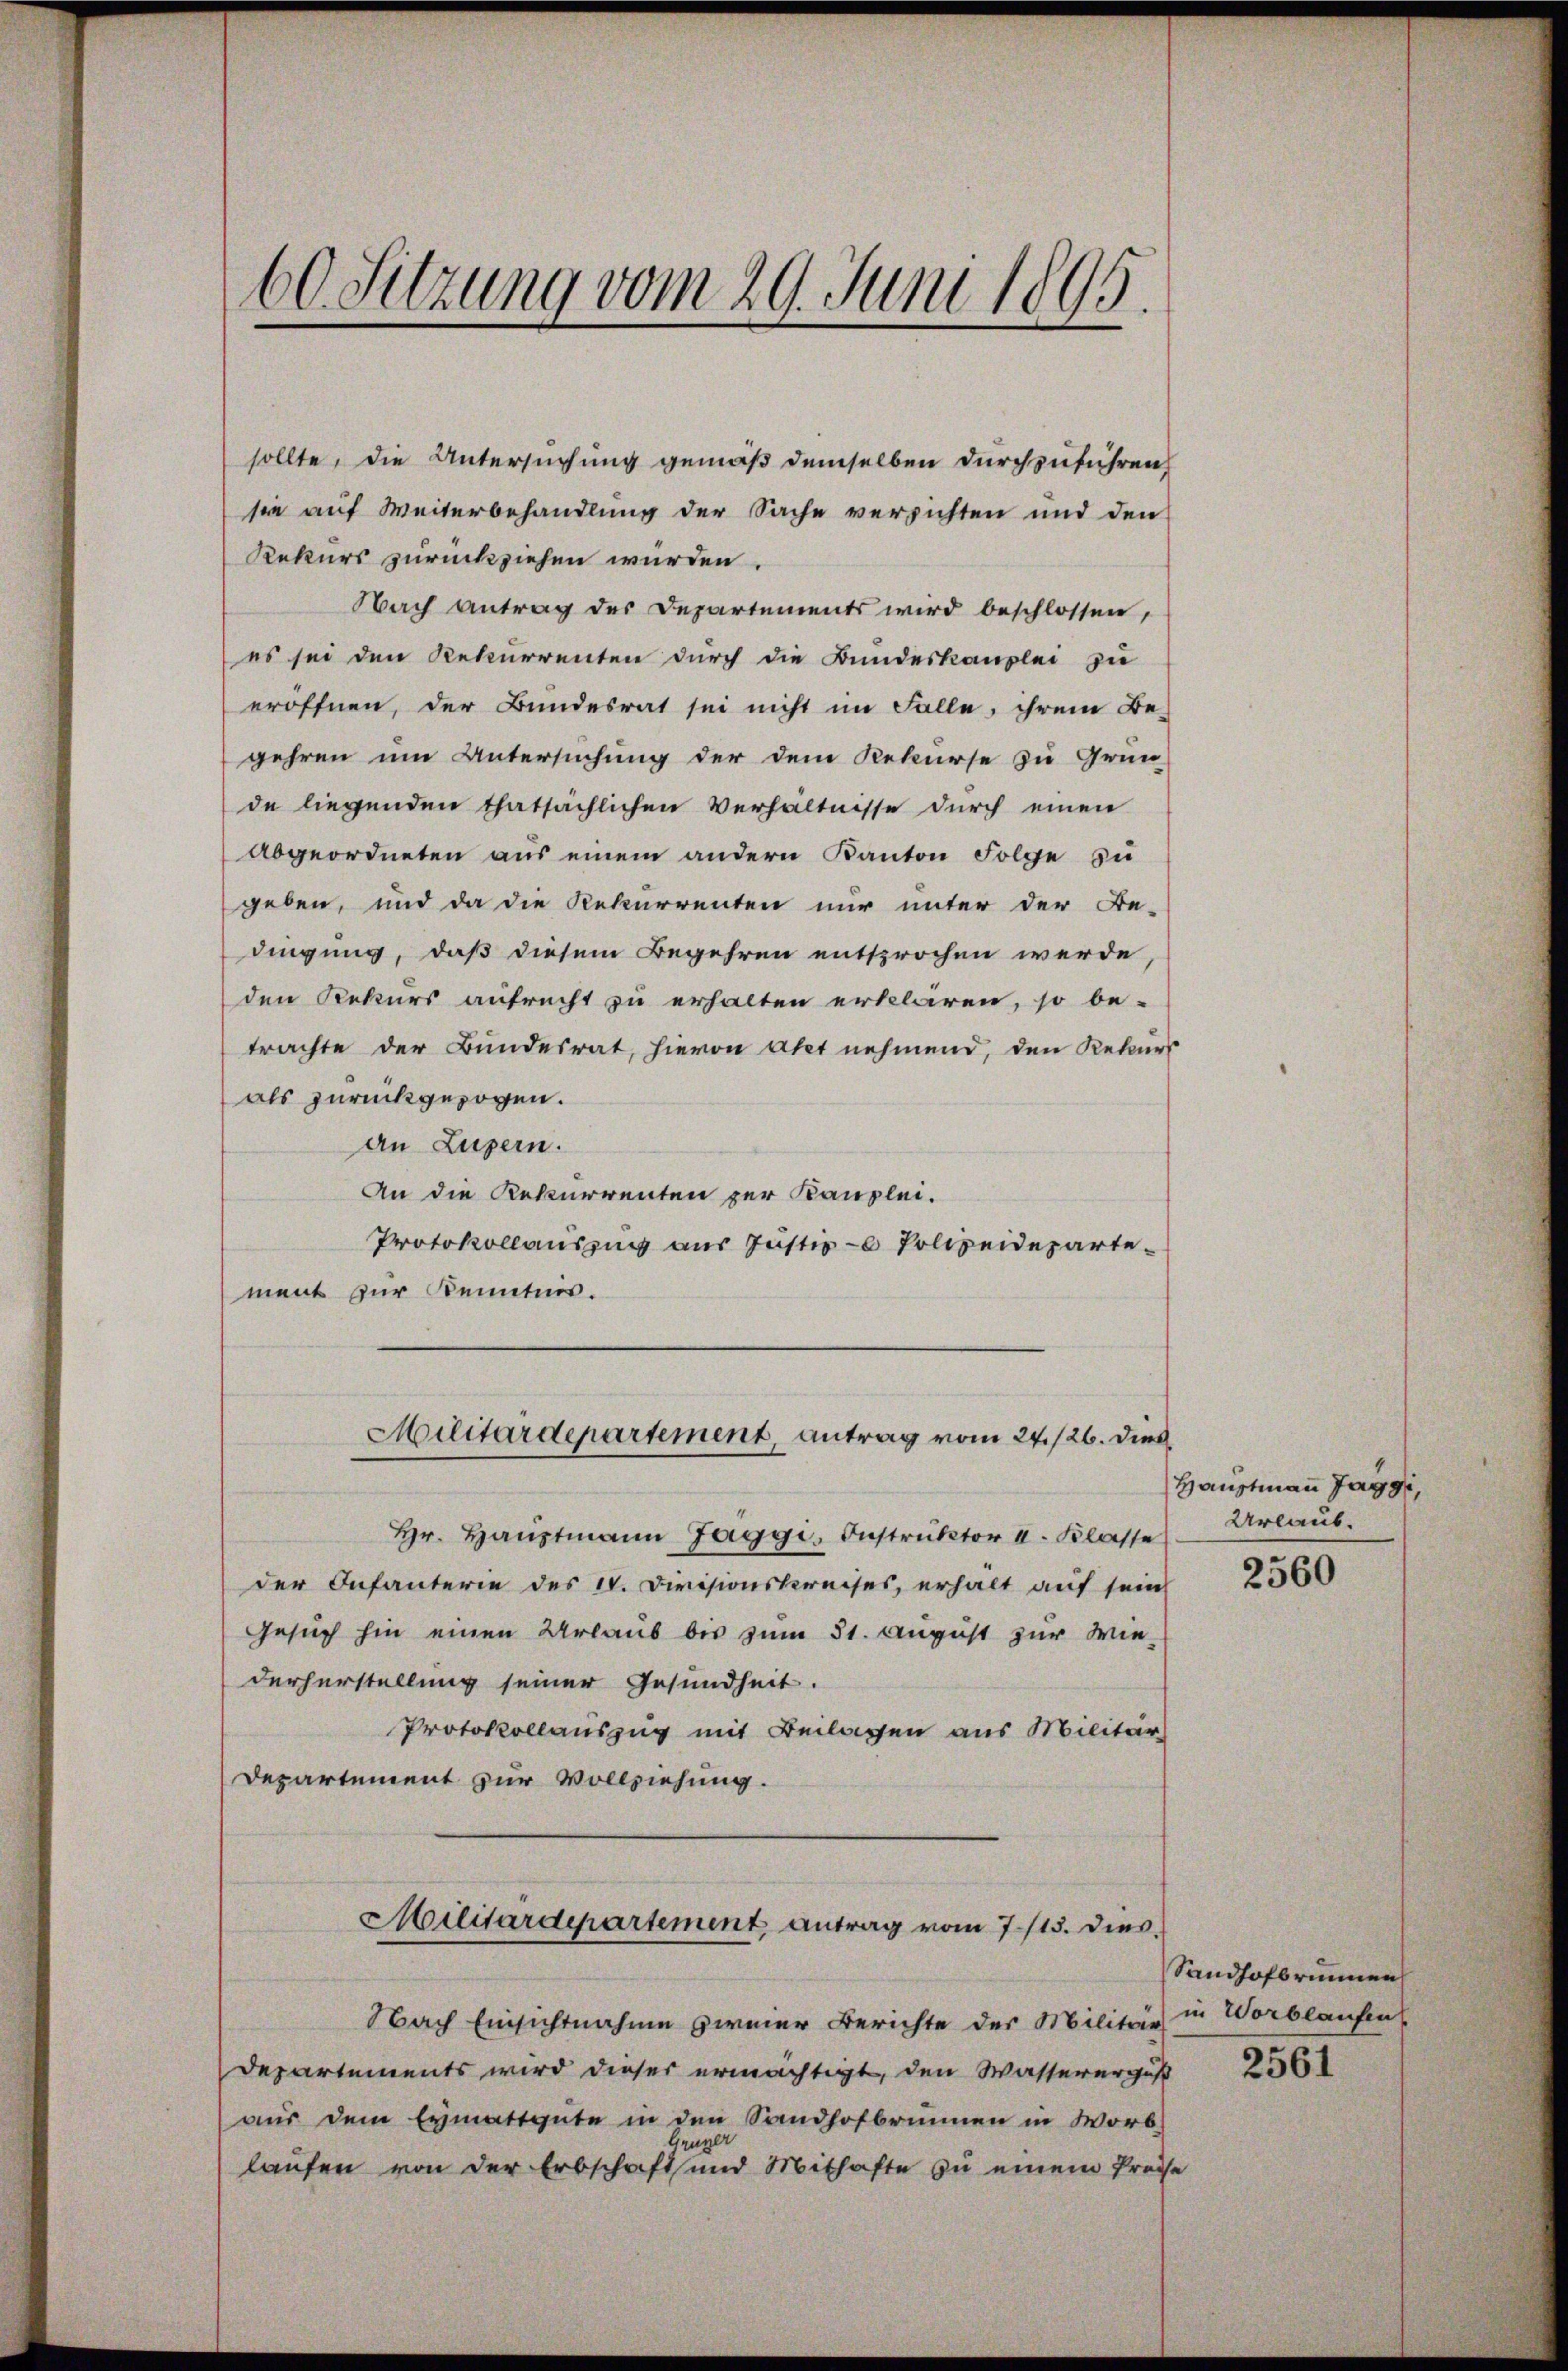
60. Sitzung vom 29. Juni 1895.

sollte, die Untersuchung gemäß demselben durchzuführen,
sie auf Weiterbehandlung der Sache versichten und den
Rekurs zurückziehen würden.
Nach Antrag des Departements wird beschlossen,
es sei den Rekurrenten durch die Bundeskanzlei zu
eröffnen, der Bundesrat sei nicht im Falle, ihrem Be-
gehren um Untersuchung der dem Rekurse zu Grün-
de liegenden thatsächlichen Verhältnisse durch einen
Abgeordneten aus einem andern Kanton Folge zu
geben, und da die Rekurrenten nur unter der Be-
dingung, daß diesem Begehren entsprochen werde,
den Rekurs aufrecht zu erhalten erklären, so be-
trachte der Bundesrat, hievon atet nehmend, den Rekurs
als zurückgezogen.
an Luzern.
An die Rekurrenten zur Kanzlei.
Protokollauszug aus Justiz - Polizeidepartement zur Kenntnis.
Militärdepartement, antrag vom 24./26. dies
Hr. Haŭptmann Jaggi, Instruktor I. Klasse
der Infanterie des IV. Divisionskreises, erhalt auf sein
Gesuch hin einen Urlaub bis zum 31. August zur Wiederherstellung seiner Gesundheit.
Protokollauszug mit Beilassen aus Militär
Departement zur Vollziehung.
Militärdepartement antrag vom 7./13. dies.
Nach Einsichtnahme zweier Berichte des Militär in Worblaufen
Departements wird dieser ermächtigt, den Wassererguß
aus dem Eymattgute in den Sandhofbrunnen in Worb
zuger
laufen von der Erbschaft und Mithafte zu einem Preise

Hauptmann Jaggi,
Urlaub.

2560

Sandhofbrunnen

d

2561